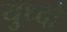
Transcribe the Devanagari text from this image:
युध्दो